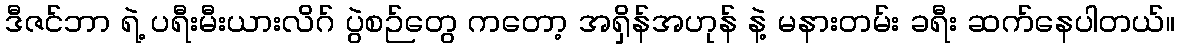
ဒီဇင်ဘာ ရဲ့ ပရီးမီးယားလိဂ် ပွဲစဉ်တွေ ကတော့ အရှိန်အဟုန် နဲ့ မနားတမ်း ခရီး ဆက်နေပါတယ်။